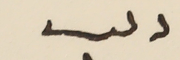
دىب